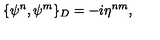
\{ \psi ^ { n } , \psi ^ { m } \} _ { D } = - i \eta ^ { n m } ,